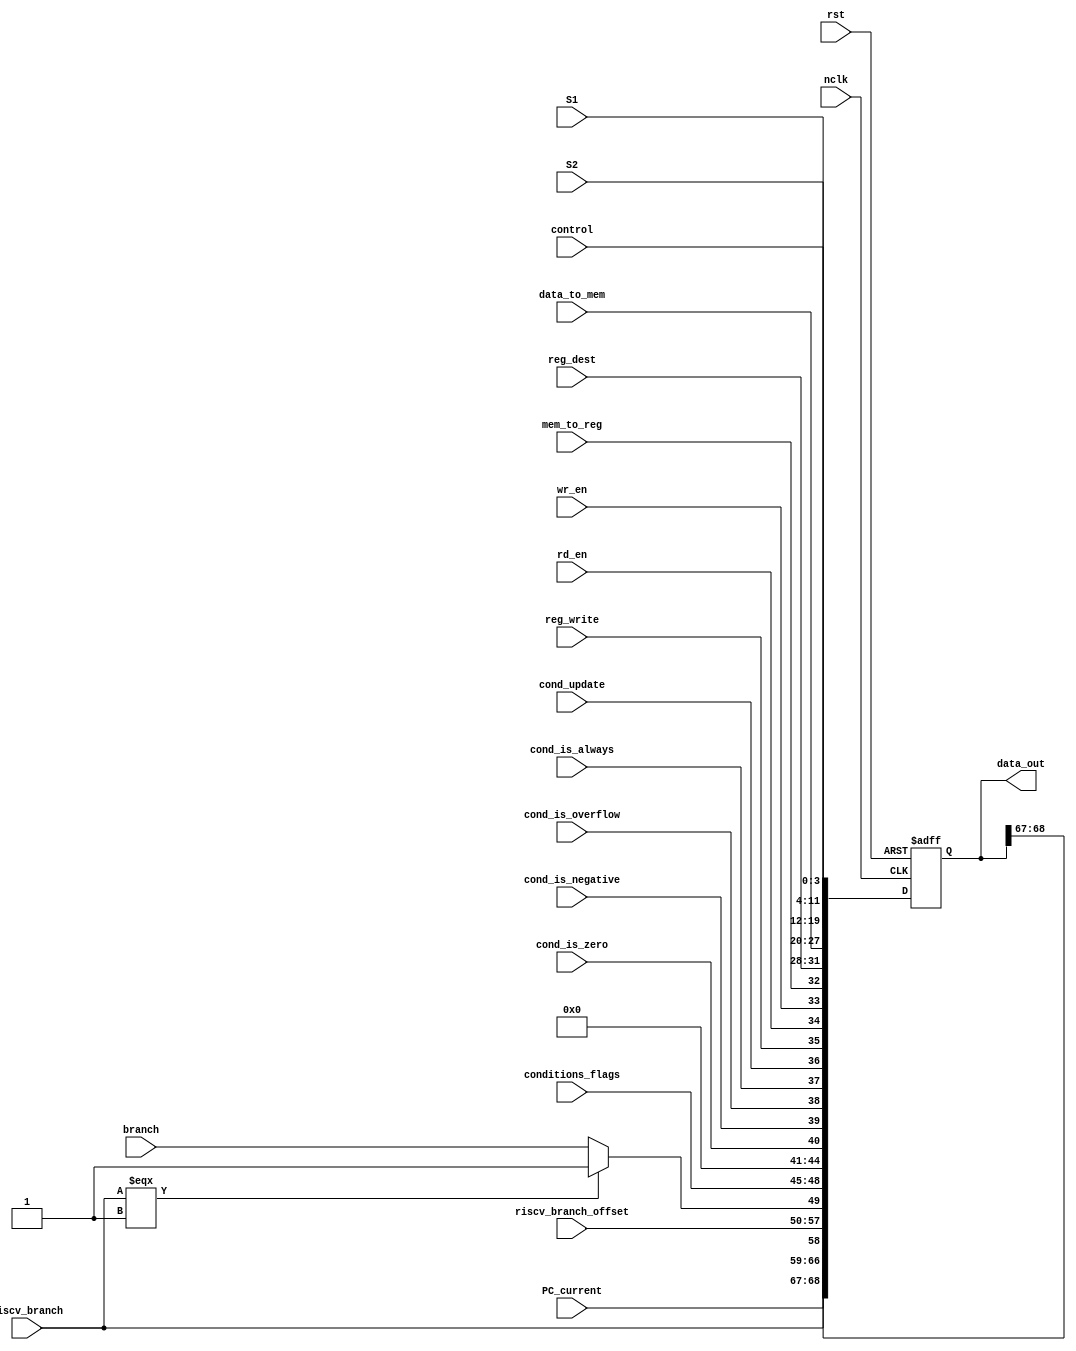
module PipelineReg_IDEX(nclk,rst,control,S1,S2,reg_dest,reg_write,rd_en,wr_en,mem_to_reg,data_to_mem,cond_is_zero,
                    cond_is_negative,cond_is_overflow,cond_is_always,cond_update,conditions_flags,branch,riscv_branch_offset,riscv_branch,PC_current,data_out);
  input [3:0]control;
  input [7:0] S1,S2,data_to_mem,PC_current,riscv_branch_offset;
  input [3:0] reg_dest;
  input rd_en,wr_en,mem_to_reg,reg_write,rst,riscv_branch;
  input cond_is_zero,cond_is_negative,cond_is_overflow,cond_is_always,cond_update;
  input [3:0]conditions_flags;
  input branch;
  input nclk;
  output reg [68:0] data_out;
  
  always @(posedge nclk or posedge rst) begin
    if (rst)
      data_out <= 0;
    else begin
      data_out[3:0] <= control;
      data_out[11:4] <= S1;
      data_out[19:12] <= S2;
      data_out[27:20] <= data_to_mem;
      data_out[31:28] <= reg_dest;
      data_out[35:32] <= {reg_write,rd_en,wr_en,mem_to_reg};
      data_out[40:36] <= {cond_is_zero,cond_is_negative,cond_is_overflow,cond_is_always,cond_update};
      data_out[48:41] <= {conditions_flags,4'b0000};
      data_out[49] <= (riscv_branch === 1'b1) ? 1 : branch;
      data_out[57:50] <= riscv_branch_offset;
      data_out[58] <= riscv_branch;
      data_out[66:59] <= PC_current;
    end
  end
  
endmodule